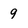
Character: 9